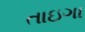
તાઇગા